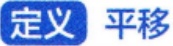
定义 平移